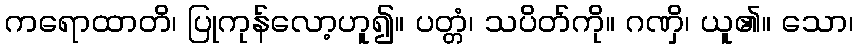
ကရောထာတိ၊ ပြုကုန်လော့ဟူ၍။ ပတ္တံ၊ သပိတ်ကို။ ဂဏှိ၊ ယူ၏။ သော၊